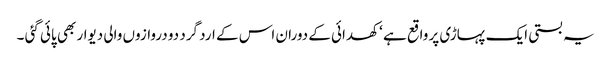
یہ بستی ایک پہاڑی پر واقع ہے ‘ کھدائی کے دوران اس کے ارد گرد دو دروازوں والی دیوار بھی پائی گئی ۔